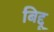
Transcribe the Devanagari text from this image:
बिद्दू